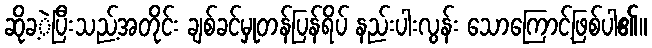
ဆိုခ့ဲပြီးသည့်အတိုင်း ချစ်ခင်မှုတန်ပြန်ရိပ် နည်းပါးလွန်း သောကြောင့်ဖြစ်ပါ၏။